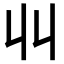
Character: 𫡅